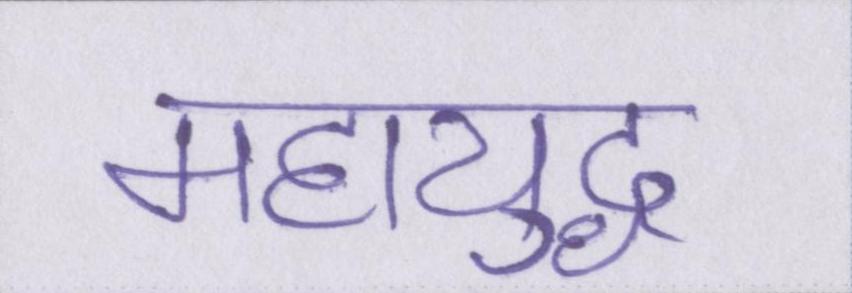
महायुद्ध